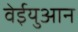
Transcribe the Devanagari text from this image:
वेईयुआन